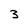
Character: 3